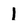
Character: 1